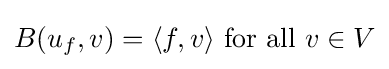
B(u_{f},v)=\langle f,v\rangle {\mbox{ for all }}v\in V